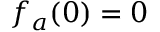
f _ { a } ( 0 ) = 0